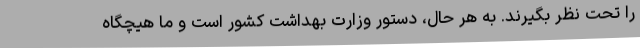
را تحت نظر بگیرند. به هر حال، دستور وزارت بهداشت کشور است و ما هیچگاه